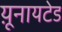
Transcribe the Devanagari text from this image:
य़ूनायटेड